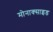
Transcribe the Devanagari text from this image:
मोनाक्साइड